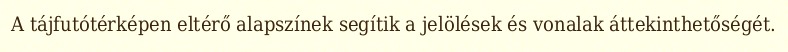
A tájfutótérképen eltérő alapszínek segítik a jelölések és vonalak áttekinthetőségét.